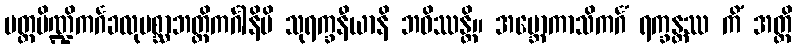
ပတ္တပိဏ္ဍိကင်္ဂခလုပစ္ဆာဘတ္တိကင်္ဂါနိပိ သုရက္ခနီယာနိ ဘဝိဿန္တိ။ အဗ္ဘောကာသိကင်္ဂံ ရက္ခန္တဿ ကိံ အတ္ထိ